School attendance. Commencing and leaving dates, 1937
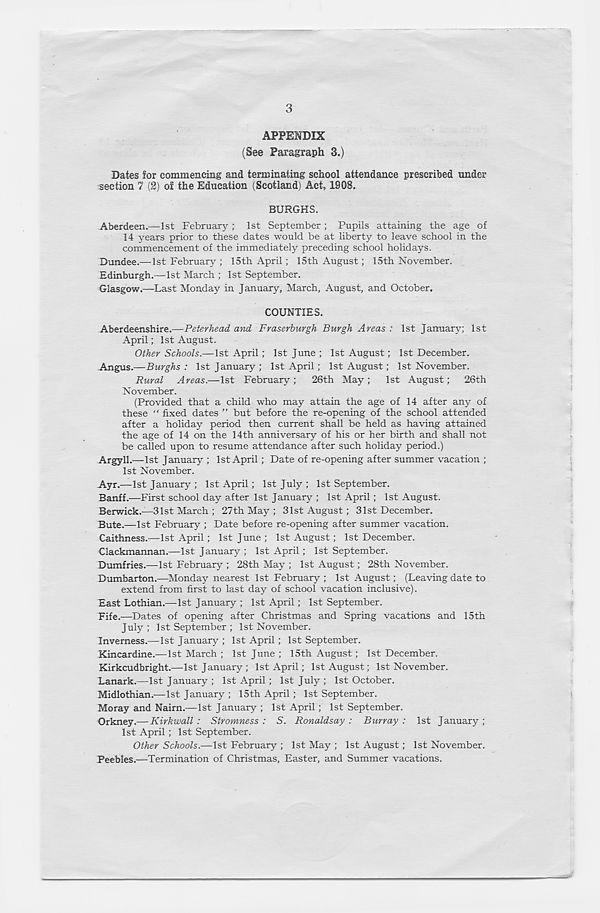
3
APPENDIX
(See Paragraph 3.)
Dates for commencing and terminating school attendance prescribed under
section 7 (2) of the Education (Scotland) Act, 1908.
BURGHS.
Aberdeen.—1st February ; 1st September ; Pupils attaining the age of
14 years prior to these dates would be at liberty to leave school in the
commencement of the immediately preceding school holidays.
Dundee.— 1st February ; 15th April; 15th August; 15th November.
Edinburgh.—1st March ; 1st September.
Glasgow.—Last Monday in January, March, August, and October.
COUNTIES.
Aberdeenshire.—Peterhead and Fraserburgh Burgh Areas : 1st January; 1st
April; 1st August.
Other Schools.—1st April; 1st June ; 1st August; 1st December.
.Angus.—BwgAs : 1st January ; 1st April; 1st August; 1st November.
Rural Areas.—1st February ; 26th May; 1st August; 26th
November.
(Provided that a child who may attain the age of 14 after any of
these “ fixed dates ” but before the re-opening of the school attended
after a holiday period then current shall be held as having attained
the age of 14 on the 14th anniversary of his or her birth and shall not
be called upon to resume attendance after such holiday period.)
Argyll.—1st January ; 1st April ; Date of re-opening after summer vacation ;
1st November.
Ayr.—1st January ; 1st April; 1st July ; 1st September.
Banff.—First school day after 1st January ; 1st April ; 1st August.
Berwick.—31st March ; 27th May ; 31st August; 31st December.
Bute.—1st February ; Date before re-opening after summer vacation.
Caithness.—1st April ; 1st June ; 1st August; 1st December.
Clackmannan.—1st January ; 1st April; 1st September.
Dumfries.—1st February ; 28th May ; 1st August; 28th November.
Dumbarton.—Monday nearest 1st February ; 1st August; (Leaving date to
extend from first to last day of school vacation inclusive).
East Lothian.—1st January ; 1st April; 1st September.
Fife.-—Dates of opening after Christmas and Spring vacations and 15th
July ; 1st September ; 1st November.
Inverness.—1st January ; 1st April ; 1st September.
Kincardine.—1st March ; 1st June ; 15th August; 1st December.
Kirkcudbright.—1st January ; 1st April; 1st August; 1st November.
Lanark.—1st January ; 1st April ; 1st July ; 1st October.
Midlothian,—1st January ; 15th April; 1st September.
Moray and Nairn.—1st January ; 1st April; 1st September.
Orkney.— Kirkwall : Stromness : S. Ronaldsay : Burr ay : 1st January ;
1st April ; 1st September.
Other Schools.—1st February ; 1st May ; 1st August; 1st November.
Peebles.—Termination of Christmas, Easter, and Summer vacations.